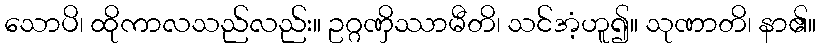
သောပိ၊ ထိုကာလသည်လည်း။ ဥဂ္ဂဏှိဿာမီတိ၊ သင်အံ့ဟူ၍။ သုဏာတိ၊ နာ၏။